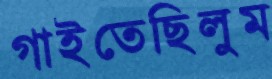
গাইতেছিলুম